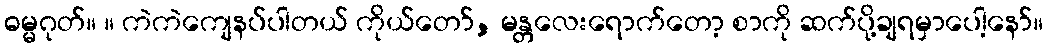
ဓမ္မဂုတ်။ ။ ကဲကဲကျေနပ်ပါတယ် ကိုယ်တော်, မန္တလေးရောက်တော့ စာကို ဆက်ပို့ချရမှာပေါ့နော်။